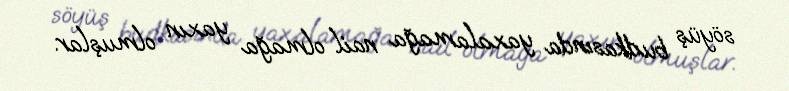
söyüş budkasında yaxalamağa nail olmağa yaxın olmuşlar.